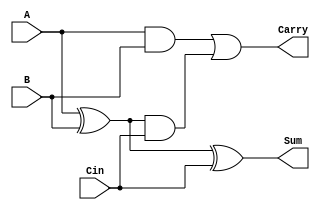

module FA(
    input A,
    input B,
    input Cin,
    output Sum,
    output Carry
    );

	xor (W1,A,B);
	xor (Sum,W1,Cin);
	
	and (W2,A,B);
	and (W3,W1,Cin);
	
	or (Carry,W2,W3);

endmodule